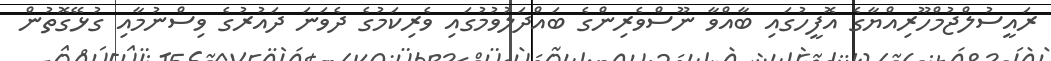
ރައީސުލްޖުމްހޫރިއްޔާގެ އޮފީހުގައި ބާއްވާ ނޫސްވެރިންގެ ބައްދަލުވުމުގައި ވެރިކަމުގެ ދެވަނަ ދައުރުގެ ވިސްނުމާއި ގުޅޭގޮތުން